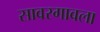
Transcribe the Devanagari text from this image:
सावरगावला